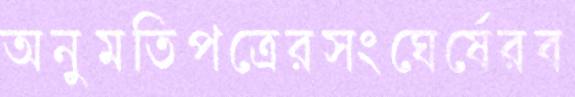
অনুমতিপত্রেরসংঘের্ষেরব